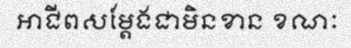
អាជីពសម្តែងជាមិនខាន ខណៈ